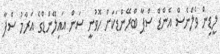
ލީޑިން ވެލްނެސް އެންޑް ސްޕާ ބްރޭންޑަކަށް ހޮވުނީ ސަން އައިލޭންޑްގެ އަރާމު ސްޕާ